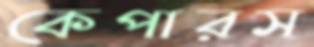
কেপারস